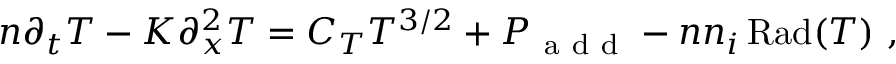
n \partial _ { t } T - K \partial _ { x } ^ { 2 } T = C _ { T } T ^ { 3 / 2 } + P _ { \mathrm { ~ a ~ d ~ d ~ } } - n n _ { i } \operatorname { R a d } ( T ) ~ ,